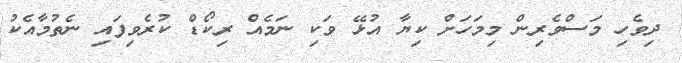
ދިވެހި މަސްވެރިން މިމަހަށް ކިޔާ އުޅޭ ވަކި ނަމެއް ރިކޯޑް ކުރެވިފައި ނެތުމާއެކު